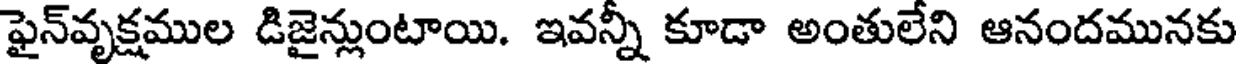
ఫైన్వృక్షముల డిజైన్లుంటాయి. ఇవన్నీ కూడా అంతులేని ఆనందమునకు